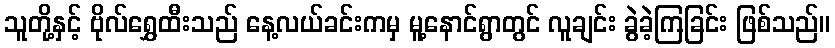
သူတို့နှင့် ဗိုလ်ရွှေထီးသည် နေ့လယ်ခင်းကမှ မူ့နောင်ရွာတွင် လူချင်း ခွဲခဲ့ကြခြင်း ဖြစ်သည်။